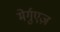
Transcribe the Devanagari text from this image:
मेर्गुएज़